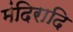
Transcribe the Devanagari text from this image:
मंदिरादि